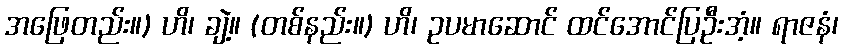
အဖြေတည်း။) ဟိ၊ ချဲ့။ (တစ်နည်း။) ဟိ၊ ဥပမာဆောင် ထင်အောင်ပြဦးအံ့။ ရာဇနံ၊